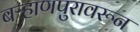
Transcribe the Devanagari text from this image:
बऱ्हाणपुरावरून